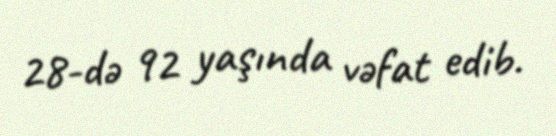
28-də 92 yaşında vəfat edib.